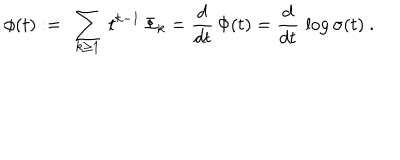
\phi ( t ) : = \ \sum _ { k \ge 1 } \ t ^ { k - 1 } \, \Phi _ { k } = { \frac { d } { d t } } \, \Phi ( t ) = { \frac { d } { d t } } \, \log \sigma ( t ) \ .